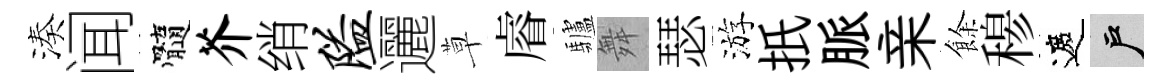
湊闻髓芥绡隘邐草𥈠驢舞瑟游扺脈亲餘𥠇遮户